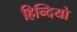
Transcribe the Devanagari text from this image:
हिन्दियो